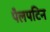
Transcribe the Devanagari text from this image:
पैलपटिन